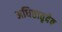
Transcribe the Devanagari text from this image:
अधिष्ठातृदेव